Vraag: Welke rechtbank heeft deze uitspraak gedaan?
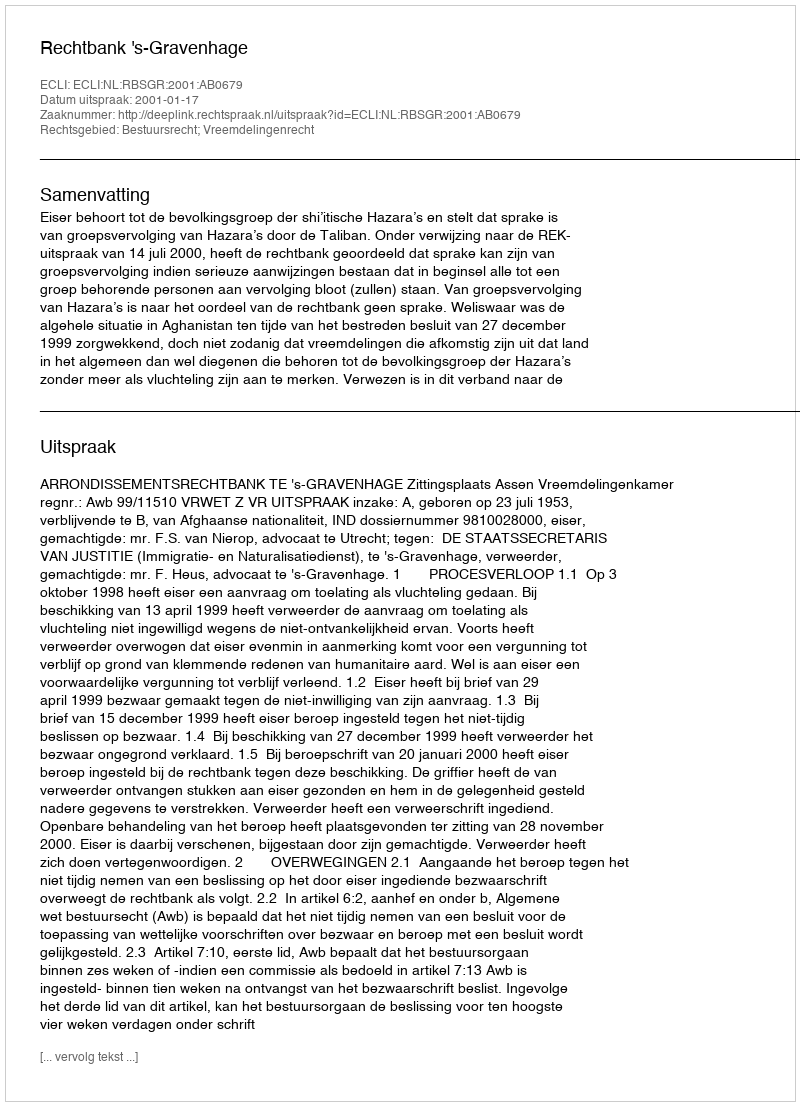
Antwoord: Rechtbank 's-Gravenhage